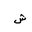
Letter: _shin